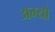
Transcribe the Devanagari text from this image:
अम्यो